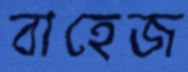
বাহেজ